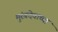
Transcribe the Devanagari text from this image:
मुरंबदेवाच्या